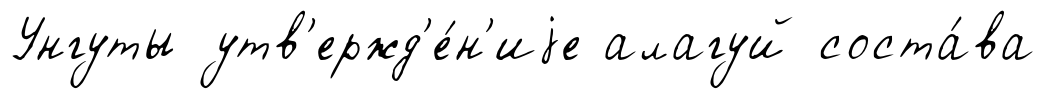
Унгуты утв'ержд'е́н'иjе алагуй соста́ва